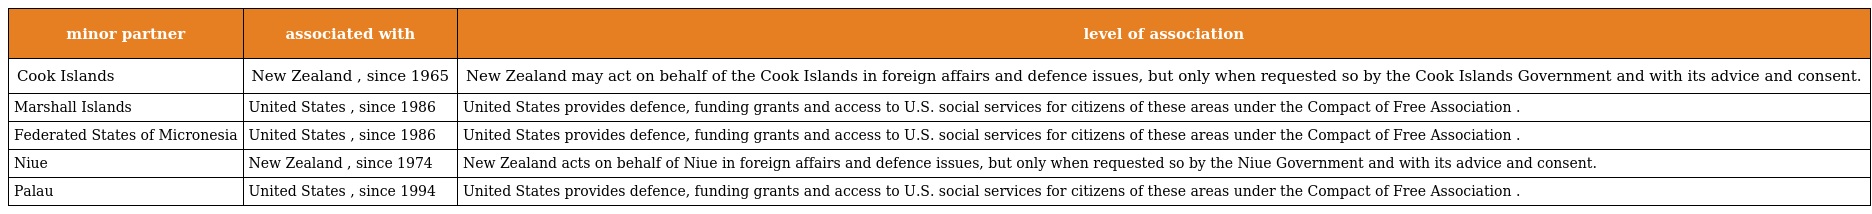
| minor partner | associated with | level of association |
 | --- | --- | --- |
 | Cook Islands | New Zealand , since 1965 | New Zealand may act on behalf of the Cook Islands in foreign affairs and defence issues, but only when requested so by the Cook Islands Government and with its advice and consent. |
 | Marshall Islands | United States , since 1986 | United States provides defence, funding grants and access to U.S. social services for citizens of these areas under the Compact of Free Association . |
 | Federated States of Micronesia | United States , since 1986 | United States provides defence, funding grants and access to U.S. social services for citizens of these areas under the Compact of Free Association . |
 | Niue | New Zealand , since 1974 | New Zealand acts on behalf of Niue in foreign affairs and defence issues, but only when requested so by the Niue Government and with its advice and consent. |
 | Palau | United States , since 1994 | United States provides defence, funding grants and access to U.S. social services for citizens of these areas under the Compact of Free Association . |